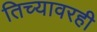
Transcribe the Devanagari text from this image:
तिच्यावरही